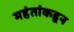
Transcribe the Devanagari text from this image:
महंतांकडून